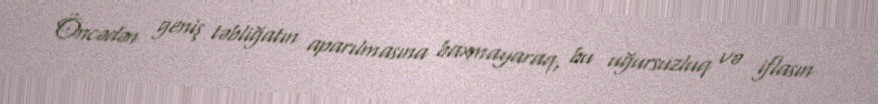
Öncədən geniş təbliğatın aparılmasına baxmayaraq, bu uğursuzluq və iflasın